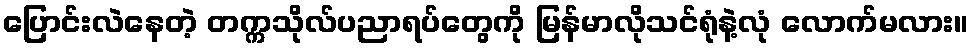
ပြောင်းလဲနေတဲ့ တက္ကသိုလ်ပညာရပ်တွေကို မြန်မာလိုသင်ရုံနဲ့လုံ လောက်မလား။